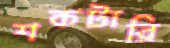
শকটারি